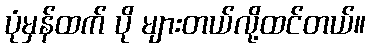
ပုံမှန်ထက် ပို များတယ်လို့ထင်တယ်။